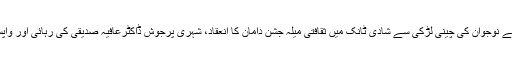
ڈیرہ اسماعیل خان کے نوجوان کی چینی لڑکی سے شادی ٹانک میں ثقافتی میلہ جشن دامان کا انعقاد، شہری پرجوش ڈاکٹرعافیہ صدیقی کی رہائی اور واپسی…..کتنی حقیقت؟